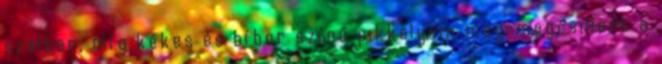
szélben, míg kékes és bíbor színű pikkelyein meg-megcsillant a